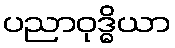
ပညာဝုဒ္ဓိယာ